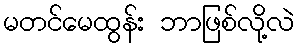
မတင်မေထွန်း ဘာဖြစ်လို့လဲ